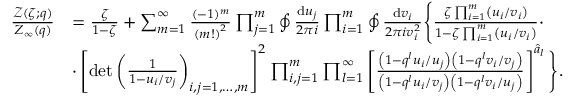
\begin{array} { r l } { \frac { \mathcal { Z } ( \zeta ; q ) } { Z _ { \infty } ( q ) } } & { = \frac { \zeta } { 1 - \zeta } + \sum _ { m = 1 } ^ { \infty } \frac { ( - 1 ) ^ { m } } { \left( m ! \right) ^ { 2 } } \prod _ { j = 1 } ^ { m } \oint \frac { { \mathrm { d } } u _ { j } } { 2 \pi i } \prod _ { i = 1 } ^ { m } \oint \frac { { \mathrm { d } } v _ { i } } { 2 \pi i v _ { i } ^ { 2 } } \Bigg \{ \frac { \zeta \prod _ { i = 1 } ^ { m } \left( u _ { i } / v _ { i } \right) } { 1 - \zeta \prod _ { i = 1 } ^ { m } \left( u _ { i } / v _ { i } \right) } \cdot } \\ & { \cdot \left[ \operatorname* { d e t } \left( \frac { 1 } { 1 - u _ { i } / v _ { j } } \right) _ { i , j = 1 , \dots , m } \right] ^ { 2 } \prod _ { i , j = 1 } ^ { m } \prod _ { l = 1 } ^ { \infty } \left[ \frac { \left( 1 - q ^ { l } u _ { i } / u _ { j } \right) \left( 1 - q ^ { l } v _ { i } / v _ { j } \right) } { \left( 1 - q ^ { l } u _ { i } / v _ { j } \right) \left( 1 - q ^ { l } v _ { i } / u _ { j } \right) } \right] ^ { \hat { a } _ { l } } \Bigg \} . } \end{array}